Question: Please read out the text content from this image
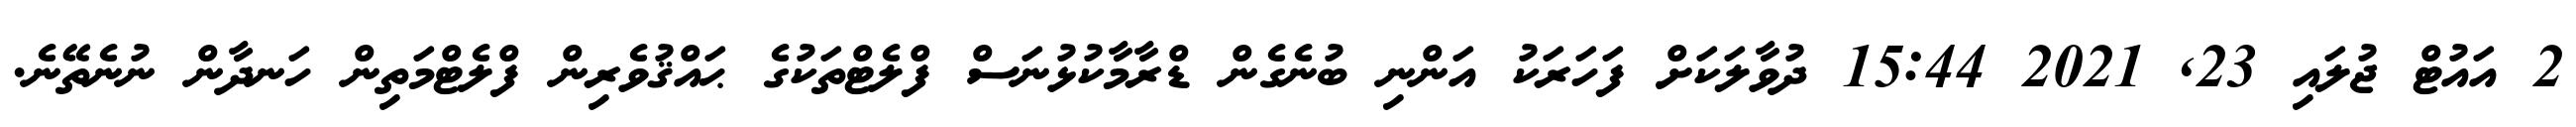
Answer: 2 އައުޓް ޖުލައި 23, 2021 15:44 ދުވާލަކަށް ފަހަރަކު އަންނި ބުނެގެން ޑްރާމާކުޅުނަސް ފްލެޓްތަކުގެ ޙައްޤުވެރިން ފްލެޓްމަތިން ހަނދާން ނުނެތޭނެ.